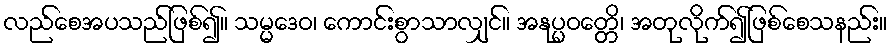
လည်စေအပသည်ဖြစ်၍။ သမ္မဒေဝ၊ ကောင်းစွာသာလျှင်။ အနုပ္ပဝတ္တေိ၊ အတုလိုက်၍ဖြစ်စေသနည်း။